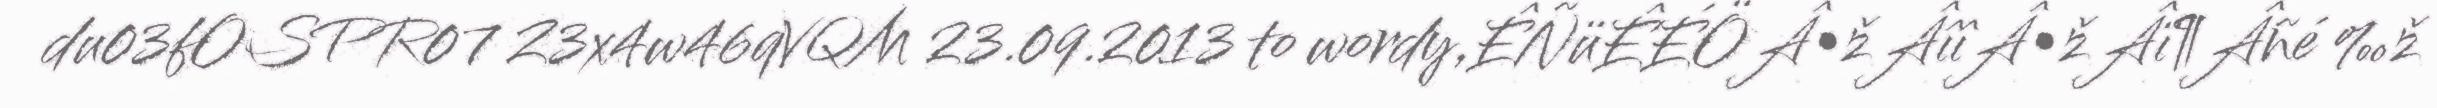
du03fOSPR07 Z3x4w46qVQM 23.09.2013 to wordy,ÊÑüÊÉÖÂ•žÂîîÂ•žÂï¶Âñé ‰ž